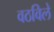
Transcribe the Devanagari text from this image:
वठविले